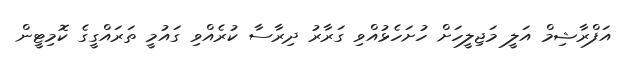
އަފްރާޝިމް އަލީ މަޖިލީހަށް ހުށަހެޅުއްވި ގަރާރު ދިރާސާ ކުރެއްވި ގައުމީ ތަރައްގީގެ ކޮމިޓީން